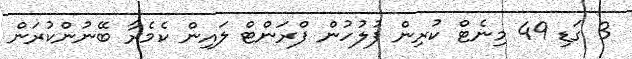
3 ގަޑި 49 މިނެޓް ކުރިން ފުލުހުން ފްރަންޓް ލައިން ކެމެރާ ބޭނުންކުރަން